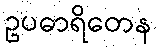
ဥပဓာရိတေန